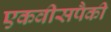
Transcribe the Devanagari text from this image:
एकवीसपैकी